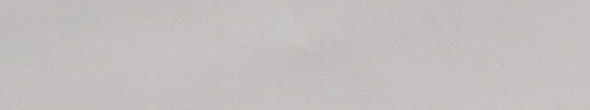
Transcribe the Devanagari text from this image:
१००२